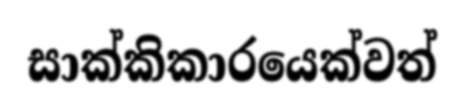
සාක්කිකාරයෙක්වත්